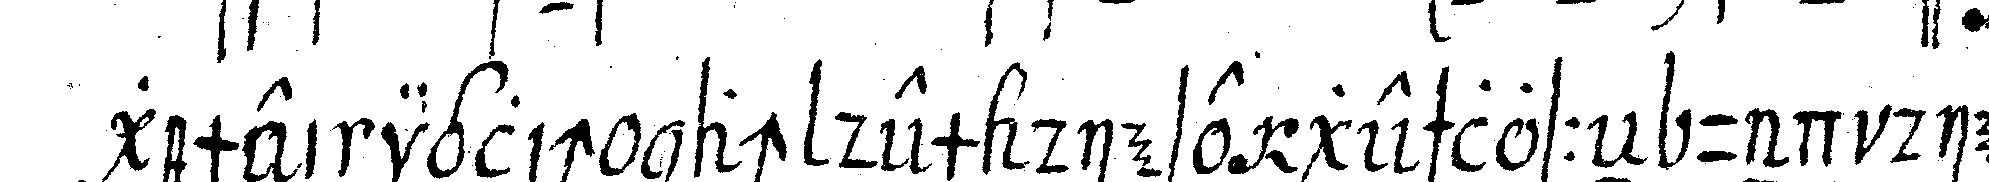
gemeiniglich nach dem diese geschlosseN und die